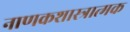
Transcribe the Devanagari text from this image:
नाणकशास्त्रात्मक